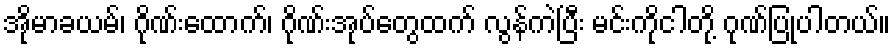
အိုမာခယမ်၊ ဂိုဏ်းထောက်၊ ဂိုဏ်းအုပ်တွေထက် လွန်ကဲပြီး မင်းကိုငါတို့ ဂုဏ်ပြုပါတယ်။